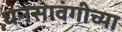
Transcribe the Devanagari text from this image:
घनसावंगीच्या